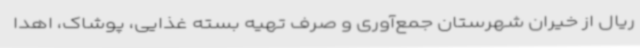
ریال از خیران شهرستان جمع‌آوری و صرف تهیه بسته غذایی، پوشاک، اهدا